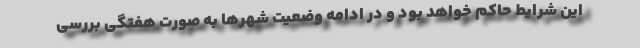
این شرایط حاکم خواهد بود و در ادامه وضعیت شهرها به صورت هفتگی بررسی